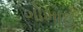
ગોમાઈ